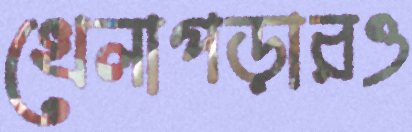
খেলাপড়ারও